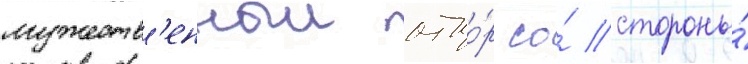
мужеств'енныи отпо́р со́ стороны́